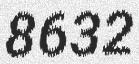
8632